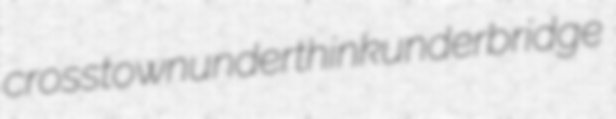
crosstown underthink underbridge